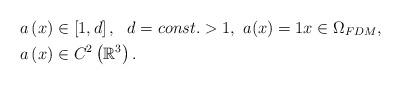
LaTeX: \begin{align*} a \left( x\right) &\in \left[ 1,d \right],~~ d = const.>1,~ a(x) =1x\in \Omega _{FDM}, \\a \left( x\right) &\in C^{2}\left( \mathbb{R}^{3}\right) . \end{align*}